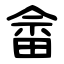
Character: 畲